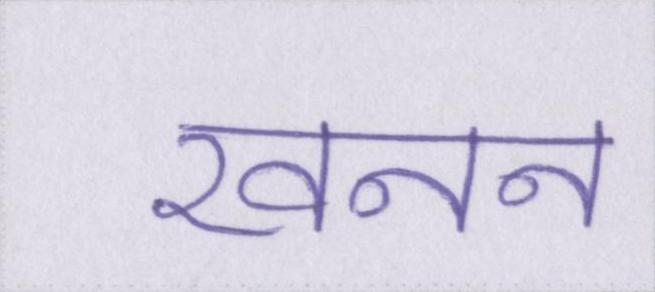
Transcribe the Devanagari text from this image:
खनन